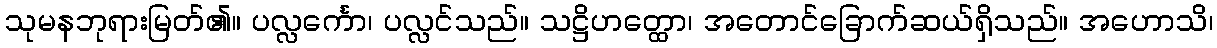
သုမနဘုရားမြတ်၏။ ပလ္လင်္ကော၊ ပလ္လင်သည်။ သဋ္ဌိဟတ္ထော၊ အတောင်ခြောက်ဆယ်ရှိသည်။ အဟောသိ၊